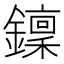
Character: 𨮍